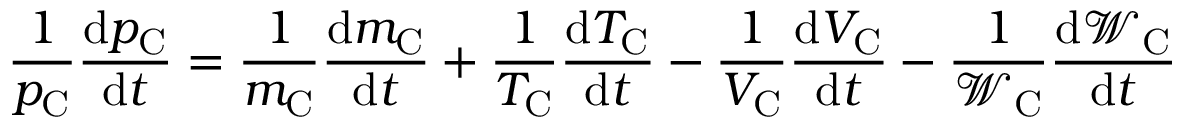
\frac { 1 } { p _ { \mathrm { C } } } \frac { \mathrm { d } p _ { \mathrm { C } } } { \mathrm { d } t } = \frac { 1 } { m _ { \mathrm { C } } } \frac { \mathrm { d } m _ { \mathrm { C } } } { \mathrm { d } t } + \frac { 1 } { T _ { \mathrm { C } } } \frac { \mathrm { d } T _ { \mathrm { C } } } { \mathrm { d } t } - \frac { 1 } { V _ { \mathrm { C } } } \frac { \mathrm { d } V _ { \mathrm { C } } } { \mathrm { d } t } - \frac { 1 } { \mathcal { W } _ { \mathrm { C } } } \frac { \mathrm { d } \mathcal { W } _ { \mathrm { C } } } { \mathrm { d } t }